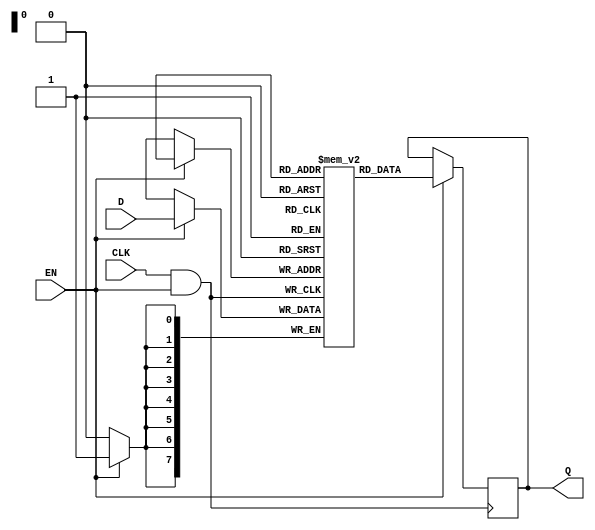
module MemoryBlockClockGating (
    input wire CLK,          // Main clock signal
    input wire EN,           // Enable signal
    input wire [7:0] D,      // Data input to the memory block
    output reg [7:0] Q       // Data output from the memory block
);

// Gated clock signal
wire GCLK;

// AND gate for clock gating
assign GCLK = CLK & EN;

// Memory block (example implementation)
reg [7:0] memory [0:255]; // 256 x 8-bit memory array
reg [7:0] address;        // Memory address

// Always block to simulate memory operation
always @(posedge GCLK) begin
    // Example operation: Write data when EN is high
    if (EN) begin
        memory[address] <= D; // Write data to memory
    end
end

// Always block to read data from memory
always @(posedge GCLK) begin
    if (EN) begin
        Q <= memory[address]; // Read data from memory
    end
end

endmodule